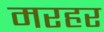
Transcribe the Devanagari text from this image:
मरहर